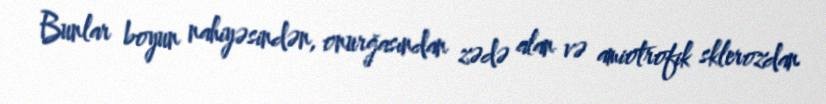
Bunlar boyun nahiyəsindən, onurğasından zədə alan və amiotrofik sklerozdan